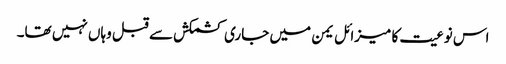
اس نوعیت کا میزائل یمن میں جاری کشمکش سے قبل وہاں نہیں تھا۔